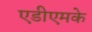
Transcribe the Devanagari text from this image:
एडीएमके